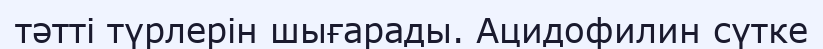
тәтті түрлерін шығарады. Ацидофилин сүтке